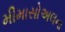
મીમાસોઅલના